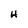
Character: H